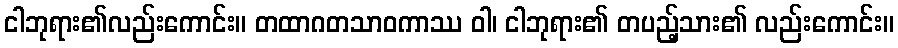
ငါဘုရား၏လည်းကောင်း။ တထာဂတသာဝကာဿ ဝါ၊ ငါဘုရား၏ တပည့်သား၏ လည်းကောင်း။